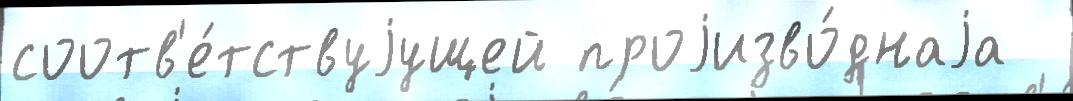
соотв'е́тствуjущей проjизво́днаjа